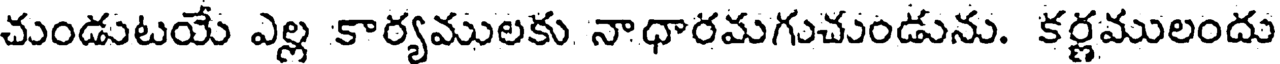
చుండుటయే ఎల్ల కార్యములకు నాధారమగుచుండును. కర్ణములందు